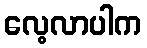
လေ့လာပါက